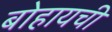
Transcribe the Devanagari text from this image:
बोहायची